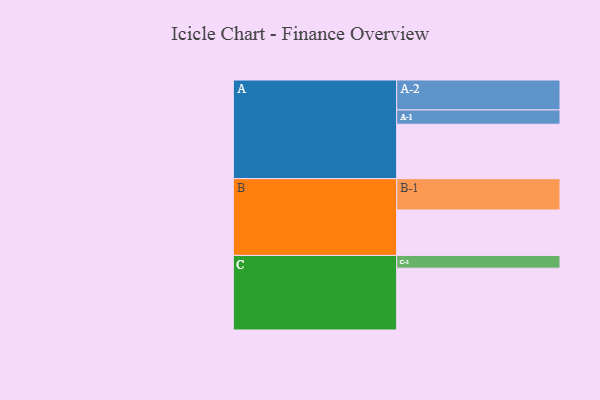
{"axis": {"x": "Segment", "y": "Value"}, "legend": ["", "A", "B", "C"], "data": [{"x": "A", "y": 495, "type": ""}, {"x": "B", "y": 413, "type": ""}, {"x": "C", "y": 562, "type": ""}, {"x": "A-1", "y": 130, "type": "A"}, {"x": "A-2", "y": 272, "type": "A"}, {"x": "B-1", "y": 285, "type": "B"}, {"x": "C-1", "y": 116, "type": "C"}]}